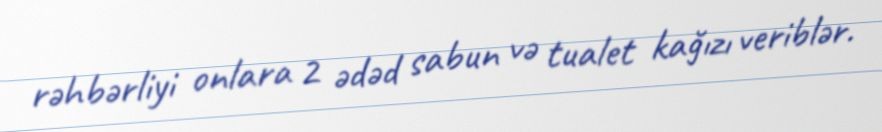
rəhbərliyi onlara 2 ədəd sabun və tualet kağızı veriblər.